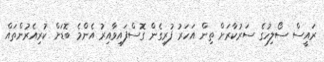
ރައީސް ސޯލިހުގެ ސަރުކާރަށް ތިން އަހަރު ފުރިގެން ގޮސްފައިވާއިރު އެންމެ ބޮޑަށް ކުރިއެރުންތައް